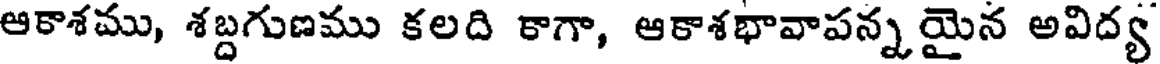
ఆకాశము, శబ్దగుణము కలది కాగా, ఆకాశభావాపన్నయైన అవిద్య